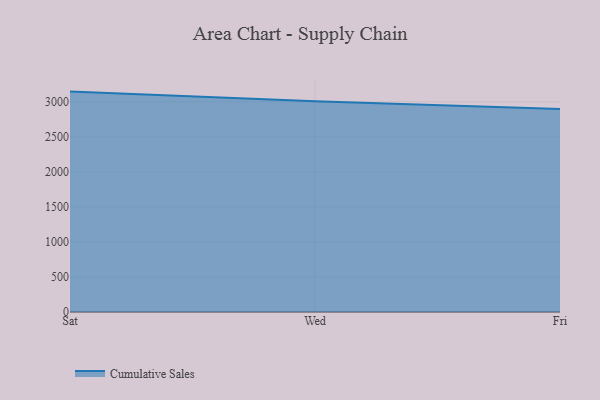
{"axis": {"x": "Day", "y": "Conversion Rate (%)"}, "legend": ["Cumulative Sales"], "data": [{"x": "Sat", "y": 3145.5, "type": "Cumulative Sales"}, {"x": "Wed", "y": 3009.0, "type": "Cumulative Sales"}, {"x": "Fri", "y": 2896.3, "type": "Cumulative Sales"}]}